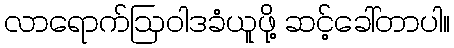
လာရောက်ဩဝါဒခံယူဖို့ ဆင့်ခေါ်တာပါ။